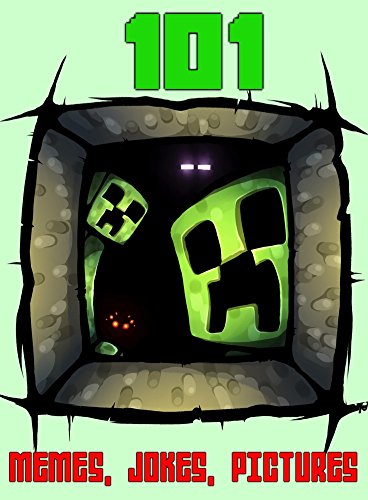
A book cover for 101 Minecraft Memes, Jokes, FUNNY Picture that Your Friends Won't Know About... (Jokes Books For Kids); Ryan Johnson; Children's Books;